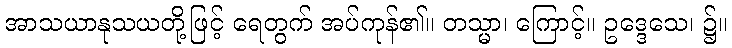
အာသယာနုသယတို့ဖြင့် ရေတွက် အပ်ကုန်၏။ တသ္မာ၊ ကြောင့်။ ဥဒ္ဒေသေ၊ ၌။